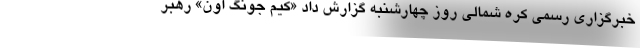
خبرگزاری رسمی کره شمالی روز چهارشنبه گزارش داد «کیم جونگ اون» رهبر